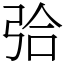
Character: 㢵